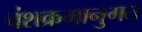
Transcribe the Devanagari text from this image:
वंशक्रमानुगत